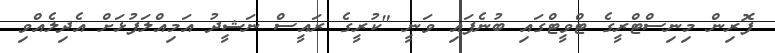
ފޮރިން މިނިސްޓްރީގެ ޓްވީޓްގައި ބުނެފައި ވަނީ "ކުރީގެ ރައީސް ނަޝީދު އަމިއްލަފުޅަށް އެދިލެއްވި